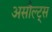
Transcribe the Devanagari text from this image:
असौल्ट्स